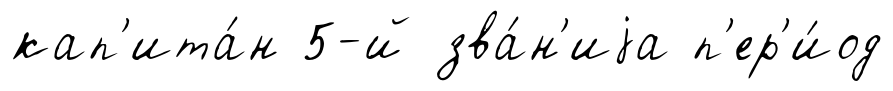
кап'ита́н 5-й зва́н'иjа п'ер'и́од